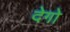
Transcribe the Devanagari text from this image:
देगो